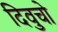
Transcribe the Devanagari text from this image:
दिवुचो